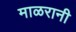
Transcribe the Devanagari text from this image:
माळरानी